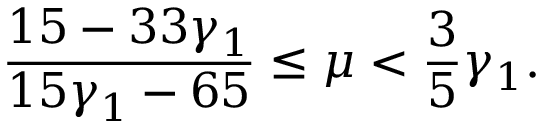
\frac { 1 5 - 3 3 \gamma _ { 1 } } { 1 5 \gamma _ { 1 } - 6 5 } \leq \mu < \frac { 3 } { 5 } \gamma _ { 1 } .